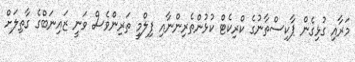
މަރާއި ގުޅިގެން ޕާކިސްތާނުގެ ކްރިކެޓް ކުޅުންތެރިންނާއި ފިލްމީ ތަރިންވެސް ވަނީ ޒައިނަބްގެ ގާތިލަށް